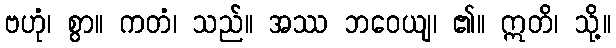
ဗဟုံ၊ စွာ။ ကတံ၊ သည်။ အဿ ဘဝေယျ၊ ၏။ ဣတိ၊ သို့။